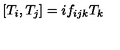
\left[ T _ { i } , T _ { j } \right] = i f _ { i j k } T _ { k }